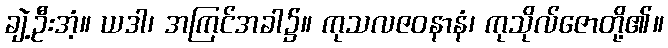
ချဲ့ဦးအံ့။ ယဒါ၊ အကြင်အခါ၌။ ကုသလဇဝနာနံ၊ ကုသိုလ်ဇောတို့၏။